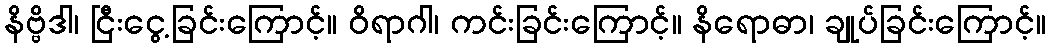
နိဗ္ဗိဒါ၊ ငြီးငွေ့ခြင်းကြောင့်။ ဝိရာဂါ၊ ကင်းခြင်းကြောင့်။ နိရောဓာ၊ ချုပ်ခြင်းကြောင့်။